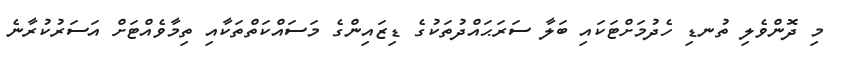
މި ދޮންވެލި ތުނޑި ހެދުމަށްޓަކައި ބަލާ ސަރަޙައްދުތަކުގެ ޑިޒައިންގެ މަސައްކަތްތަކާއި ތިމާވެއްޓަށް އަސަރުކުރާނެ